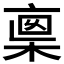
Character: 𠅺